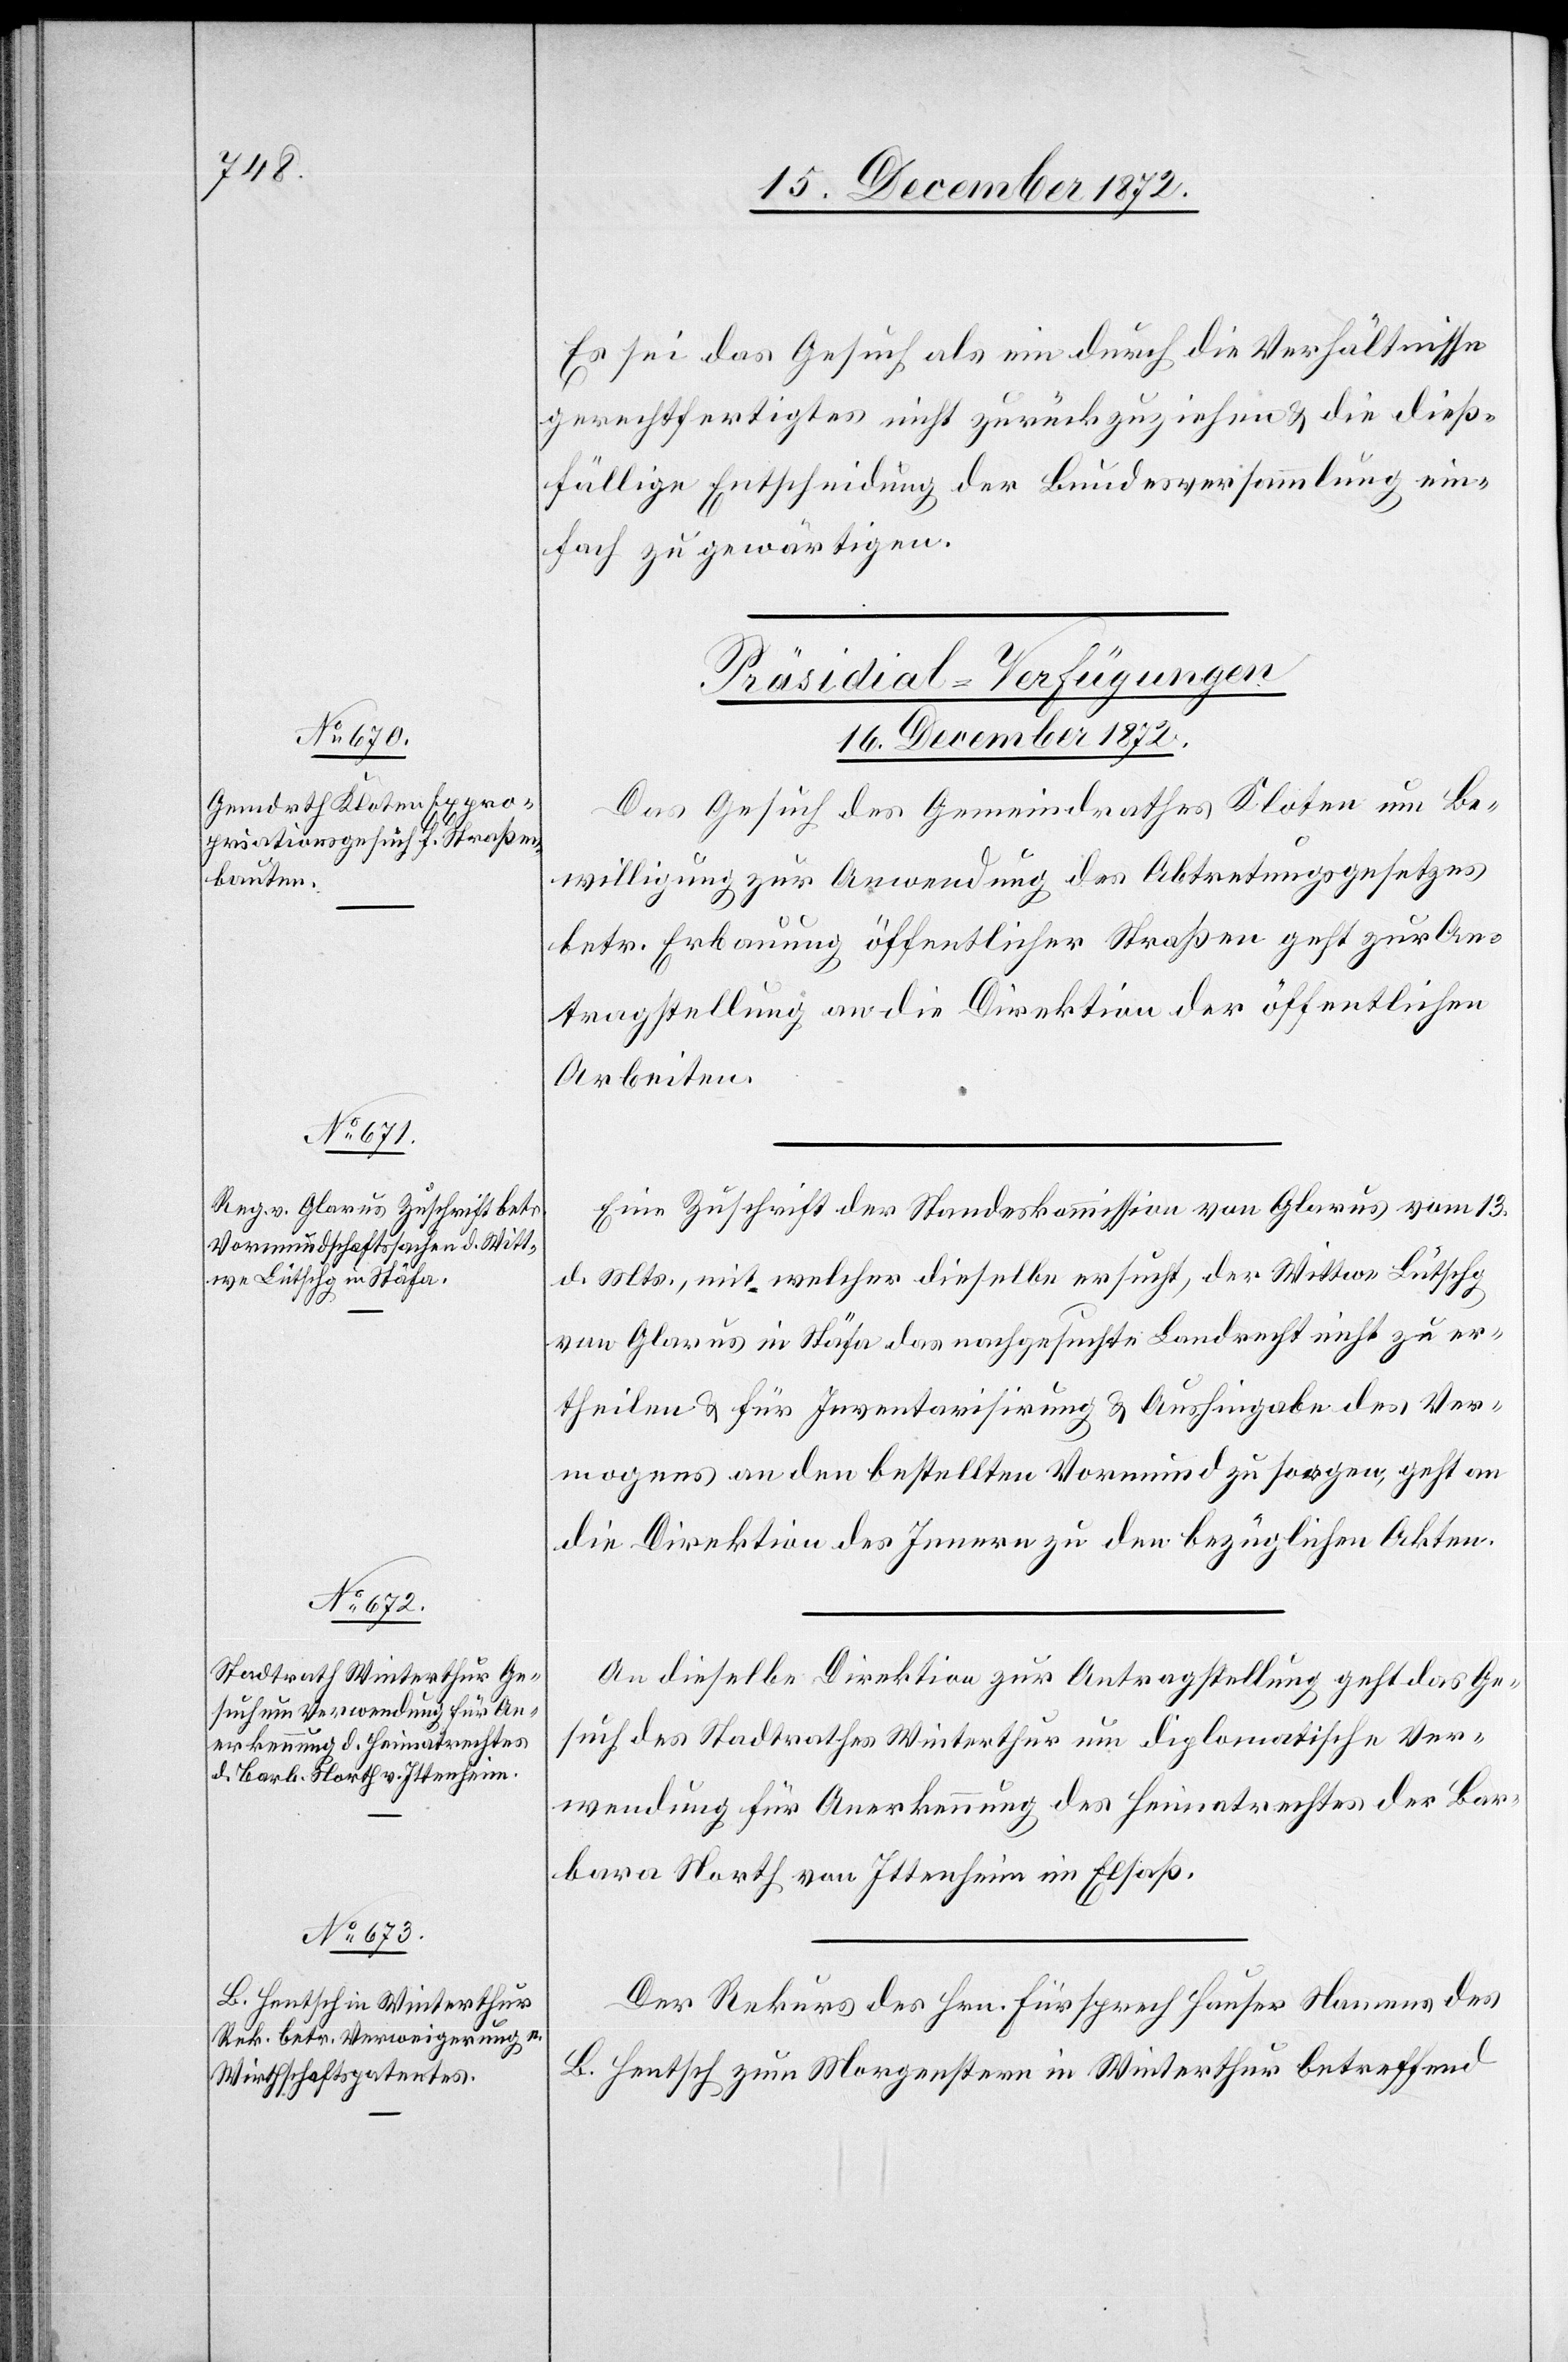
Es sei das Gesuch als ein durch die Verhältnisse
gerechtfertigtes nicht zurückzuziehen u. die dieß¬
fällige Entscheidung der Bundesversammlung ein¬
fach zu gewärtigen.
[Präsidial-Verfügungen
16. December 1872.]
Das Gesuch des Gemeindrathes Kloten um Be¬
willigung zur Anwendung des Abtretungsgesetzes
betr. Erbauung öffentlicher Straßen geht zur An¬
tragstellung an die Direktion der öffentlichen
Arbeiten.
Eine Zuschrift der Standeskommission von Glarus vom 13.
d. Mts., mit welcher dieselbe ersucht, der Wittwe Lütschg
von Glarus in Stäfa das nachgesuchte Landrecht nicht zu er¬
theilen u. für Inventarisirung d. Aushingabe des Ver¬
mögens an den bestellten Vormund zu sorgen, geht an
die Direktion des Innern zu den bezüglichen Akten.
An dieselbe Direktion zur Antragstellung geht das Ge¬
such des Stadtrathes Winterthur um diplomatische Ver¬
wendung für Anerkennung des Heimatrechtes der Bar¬
bara North von Ittenheim im Elsaß.
Der Rekurs des Hrn. Fürsprech Hauser Namens des
B. Hentsch zum Morgenstern in Winterthur betreffend